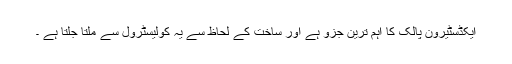
ایکڈسٹیرون پالک کا اہم ترین جزو ہے اور ساخت کے لحاظ سے یہ کولیسٹرول سے ملتا جلتا ہے ۔